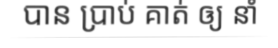
បាន ប្រាប់ គាត់ ឲ្យ នាំ